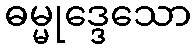
ဓမ္မုဒ္ဒေသော